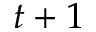
t + 1